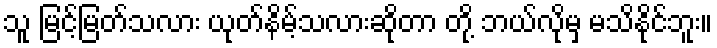
သူ မြင့်မြတ်သလား ယုတ်နိမ့်သလားဆိုတာ တို့ ဘယ်လိုမှ မသိနိုင်ဘူး။